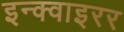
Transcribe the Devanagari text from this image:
इन्क्वाइरर